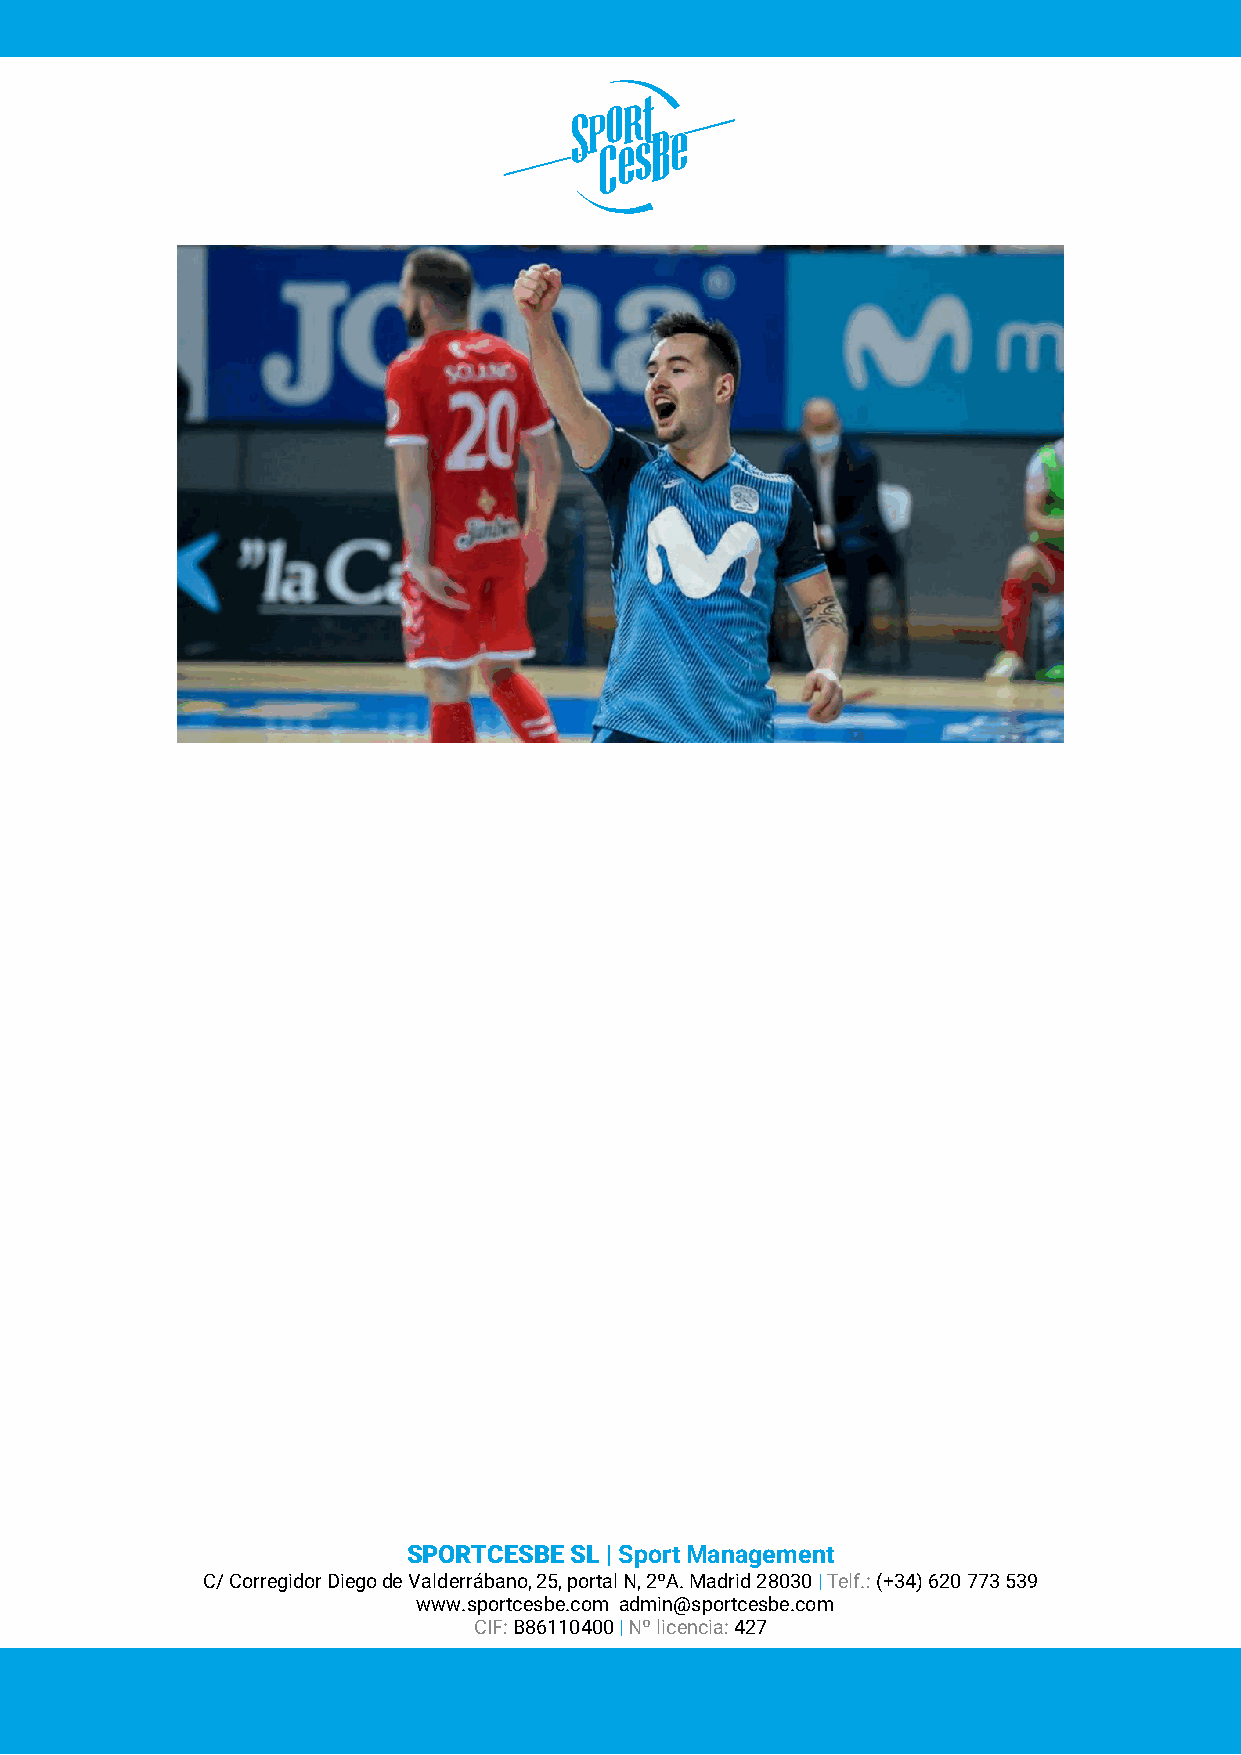
SPORTCESBE SL | Sport Management
 C/ Corregidor Diego de Valderrábano, 25, portal N, 2ºA. Madrid 28030 | Telf.: (+34) 620 773 539
 www.sportcesbe.com admin@sportcesbe.com
 CIF: B86110400 | Nº licencia: 427